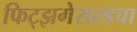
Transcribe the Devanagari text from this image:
फिट्झगेराल्डचा